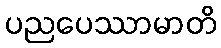
ပညပေဿာမာတိ